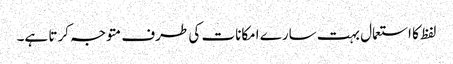
لفظ کا استعمال بہت سارے امکانات کی طرف متوجہ کرتا ہے۔